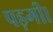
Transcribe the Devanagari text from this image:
पड़गी।